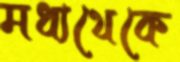
মধ্যথেকে